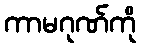
ကာမဂုဏ်ကို